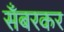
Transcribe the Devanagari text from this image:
सँबरकर